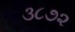
૩૮૭૨